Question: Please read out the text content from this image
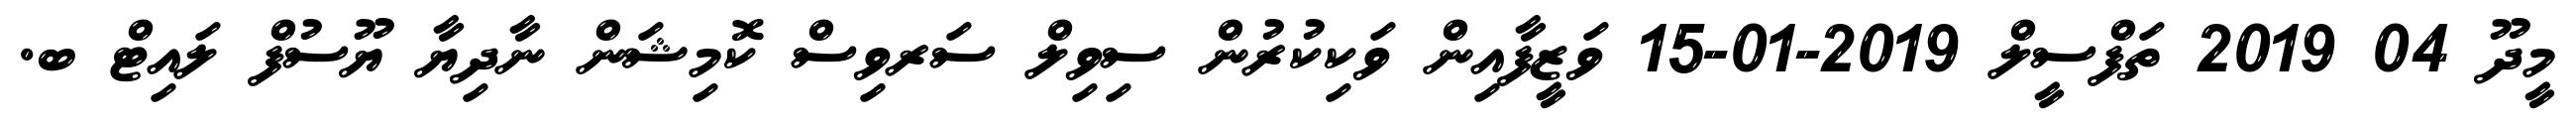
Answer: މީދޫ 04 2019 ތަފްސީލް 2019-01-15 ވަޒީފާއިން ވަކިކުރުން ސިވިލް ސަރވިސް ކޮމިޝަން ނާދިޔާ ޔޫސުފް ލައިޓް ބ.